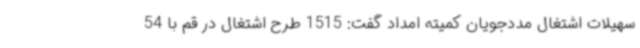
سهیلات اشتغال مددجویان کمیته امداد گفت: 1515 طرح اشتغال در قم با 54